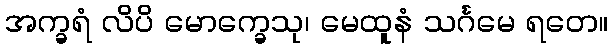
အက္ခရံ လိပိ မောက္ခေသု၊ မေထူနံ သင်္ဂမေ ရတေ။